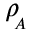
\rho \! _ { _ A }